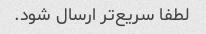
لطفا سریع‌تر ارسال شود.